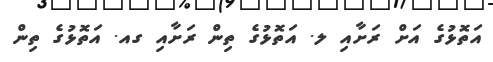
އަތޮޅުގެ އަށް ރަށާއި ލ. އަތޮޅުގެ ތިން ރަށާއި ގއ. އަތޮޅުގެ ތިން